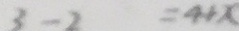
3 - 2 = 4 + x